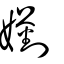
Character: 嬼